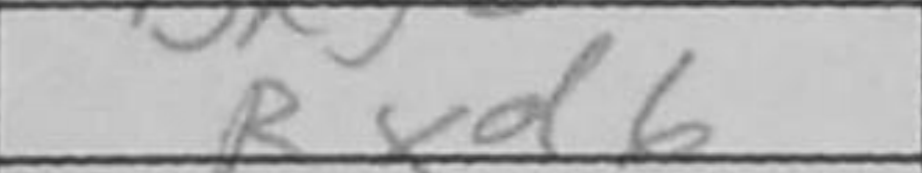
Transcription: Nxd6